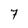
Character: 7